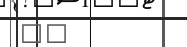
٥٣